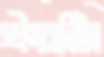
ইয়জি